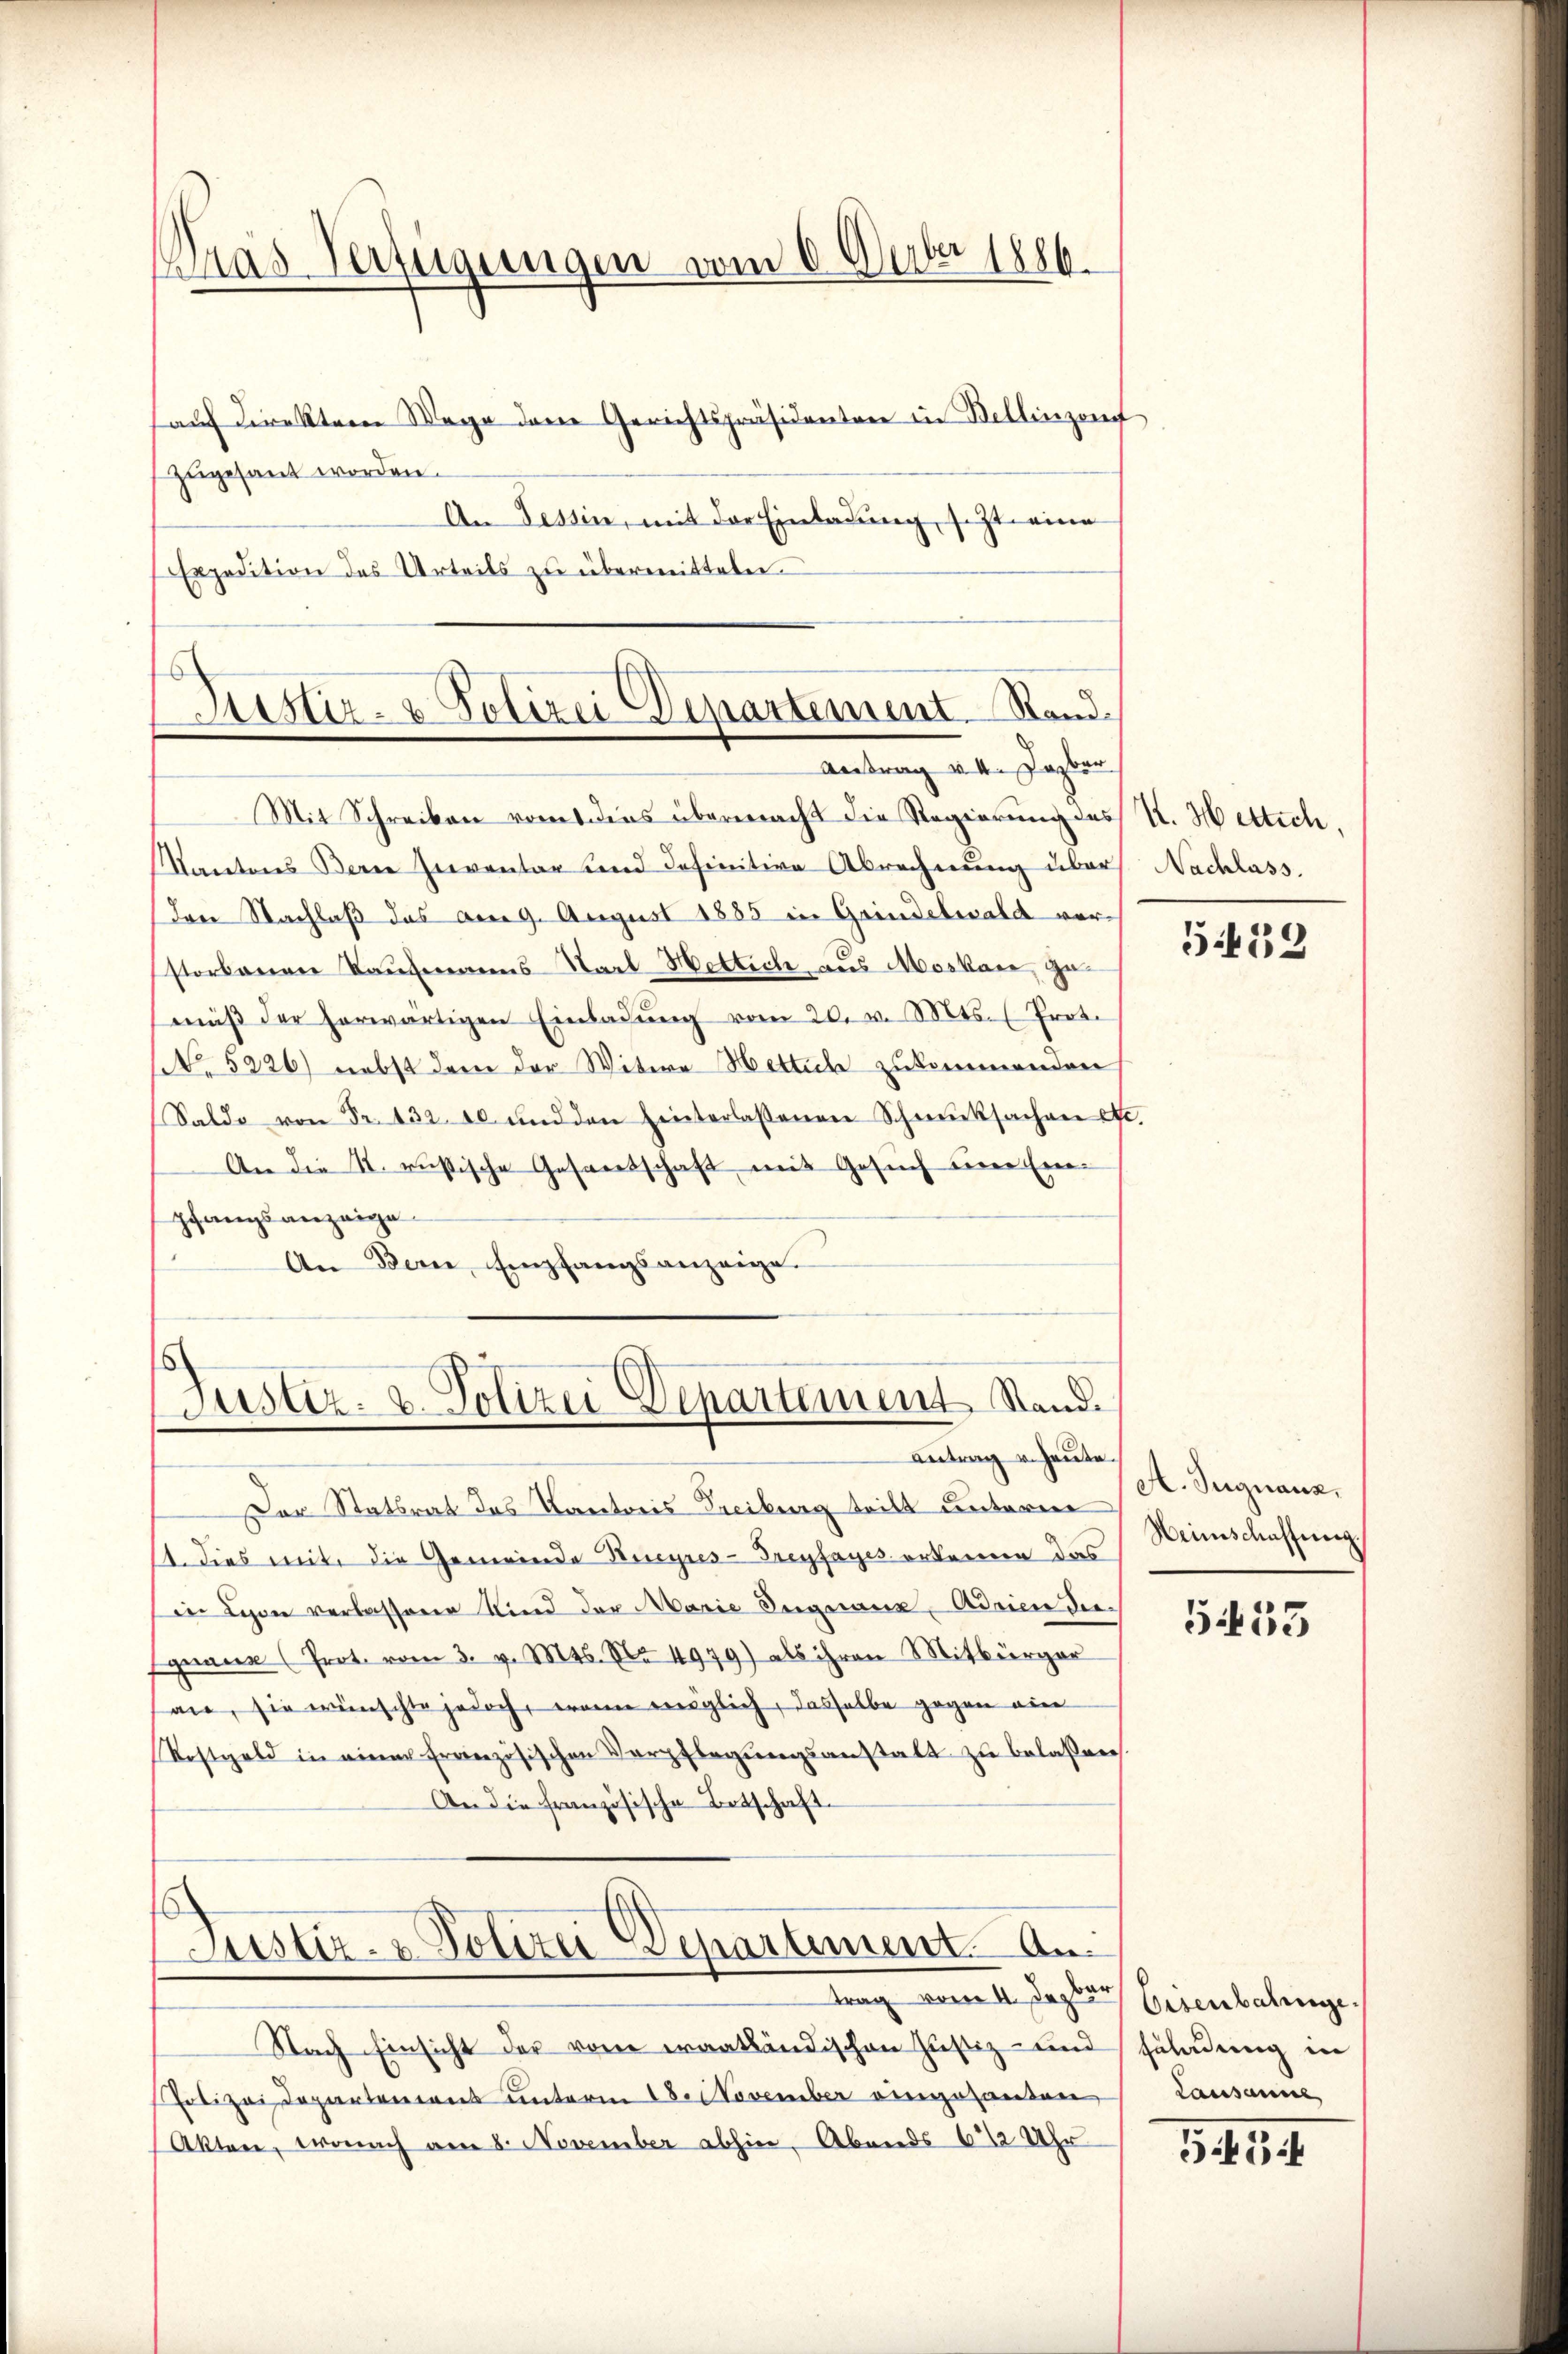
auf direkter Wege dene Gerichtspräsidenten in Bellinzon
zugesant worden.
An Tessin, mit der Einladung, setzt eine
Expedition des Urteils zu übermitteln.

was Verfügungen vom 6. Ueber 1886.

Justiz- & Polizei Departement Rand.
Antrag v. 4. Jazber

Mit Schreiben vom dies übermacht die Regierung des K. Hettich,
Kantons Berne Inventar und definitive Abrechnung über Nachlass.
Den Nachlaß das am 9. August 1885 in Grindelwald verstorbenen Kaufmanns Starl Hottich aus Moskar zumäβ der herwärtigen Einladŭng vom 20. v. Mts. Prot.
NNo. 5226) nebst dem der Witwe Hettich zukommenden
Saldo von Fr. 132. 10 und den hinterlassenen Schmucksachen etc.
An die 12. russische Gesantschaft mit Gesuch eine Einpfangsanzeige
An Bern, empfangsanzeige.

Justiz- & Polizei Departement Stand.
Antrag v. Heute.

Justiz- & Polizei Departement. An
trag vom 4. Jezten Eisenbahnge

Der Statsrat des Kantons Treiburg teilt unterer
14. dies mit die Gemeinde Kucyres-Treyfayes erkenne das
in Lyon verlassene Kind der Marie Segnaue Adrien diegane (Prot. vom 3. v. Mts. No 4979) als ihren Mitbürger
an, sie wünschte jedoch, wann möglich, dasselbe gegen ein
Kostgeld in einer französischen Verpflegŭngsanstalt zu belassen.
An die französische Botschaft.

Nach Einsicht der von eraatländischen Justiz- und
Polizei Departement unterm 18. November eingehanden
Akten, wonach am 8. November abhin. Abends 6 12 Uhr

533

A. Signanz
Heimschaffung.

553

Fahndung in
Lausanne

545.